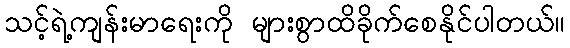
သင့်ရဲ့ကျန်းမာရေးကို များစွာထိခိုက်စေနိုင်ပါတယ်။